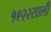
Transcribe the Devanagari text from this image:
१९२२साली